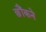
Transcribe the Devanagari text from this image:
छौंकने